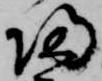
帰